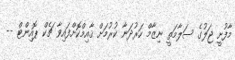
މާފުށީ ޖަލުގެ ސަލާމަތީ ނިޒާމް ހަރުދަނާ ކުރުމަށް ޤާއިމްކޮށްފައިވާ ޗެކް ޕޮއިންޓް --